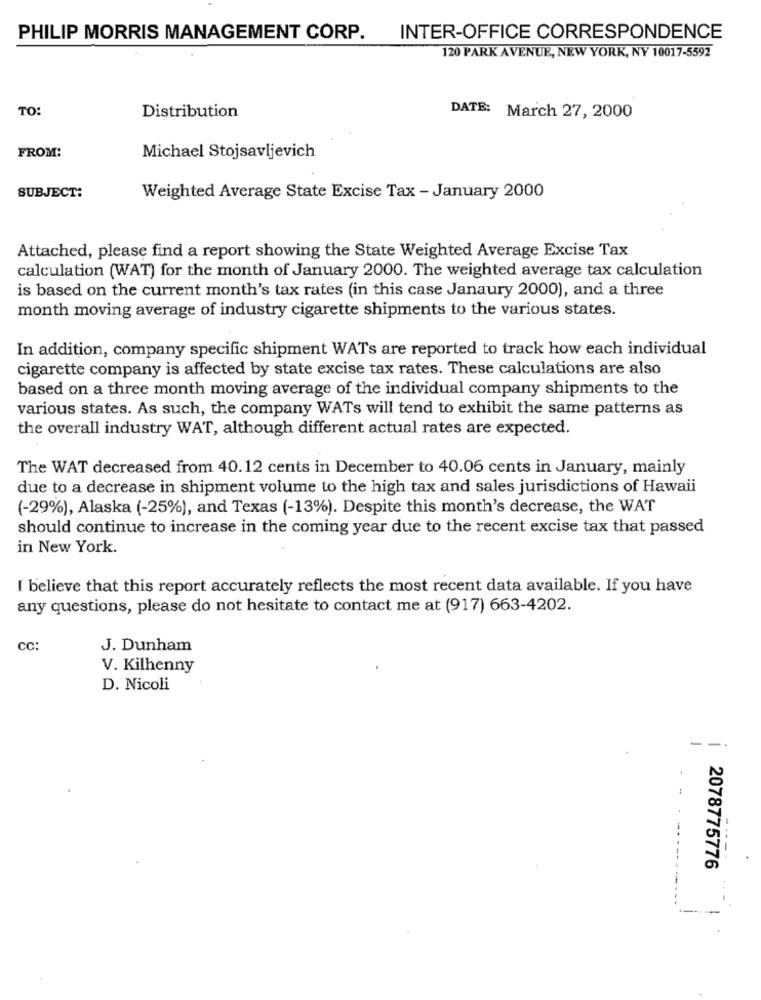
PHILIP MORRIS MANAGEMENT CORP.
INTER-OFFICE CORRESPONDENCE
120 PARK AVENUE, NEW YORK, NY 10017-5592
TO:
Distribution
DATE: March 27, 2000
FROM:
Michael Stojsavljevich
SUBJECT:
Weighted Average State Excise Tax - January 2000
Attached, please find a report showing the State Weighted Average Excise Tax
calculation (WAT) for the month of January 2000. The weighted average tax calculation
is based on the current month's tax rates (in this case Janaury 2000), and a three
month moving average of industry cigarette shipments to the various states.
In addition, company specific shipment WATs are reported to track how each individual
cigarette company is affected by state excise tax rates. These calculations are also
based on a three month moving average of the individual company shipments to the
various states. As such, the company WATs will tend to exhibit the same patterns as
the overall industry WAT, although different actual rates are expected.
The WAT decreased from 40.12 cents in December to 40.06 cents in January, mainly
due to a decrease in shipment volume to the high tax and sales jurisdictions of Hawaii
(-29%), Alaska (-25%), and Texas (-13%). Despite this month's decrease, the WAT
should continue to increase in the coming year due to the recent excise tax that passed
in New York.
I believe that this report accurately reflects the most recent data available. If you have
any questions, please do not hesitate to contact me at (917) 663-4202.
CC:
J. Dunham
V. Kilhenny
D. Nicoli
---
2078775776